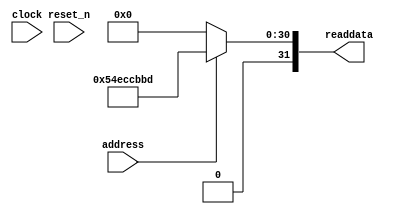
module tracking_camera_system_sysid_qsys_0 (
               // inputs:
                address,
                clock,
                reset_n,

               // outputs:
                readdata
             )
;

  output  [ 31: 0] readdata;
  input            address;
  input            clock;
  input            reset_n;

  wire    [ 31: 0] readdata;
  //control_slave, which is an e_avalon_slave
  assign readdata = address ? 1424804797 : 0;

endmodule